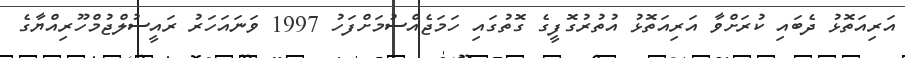
އަރިއަތޮޅު ދެބައި ކުރަށްވާ އަރިއަތޮޅު އުތުރުގޮފީގެ ގޮތުގައި ހަމަޖެއްސުމަށްފަހު 1997 ވަނައަހަރު ރައީސުލްޖުމްހޫރިއްޔާގެ